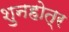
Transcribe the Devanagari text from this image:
शुनहोत्र